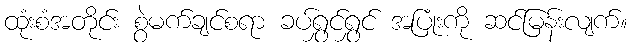
ထုံးစံအတိုင်း စွဲမက်ချင်စရာ ခပ်ရွှင်ရွှင် အပြုံးကို ဆင်မြန်းလျက်။